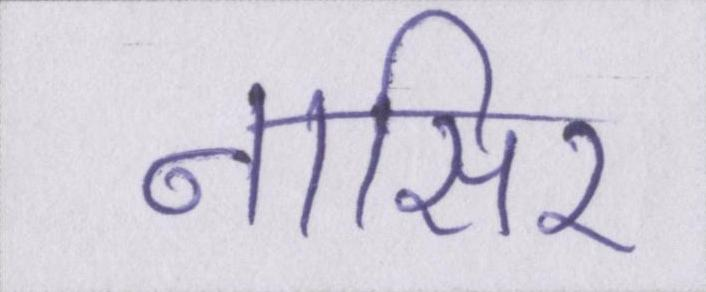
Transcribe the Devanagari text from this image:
नासिर